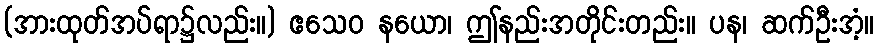
(အားထုတ်အပ်ရာ၌လည်း။) ဧသေဝ နယော၊ ဤနည်းအတိုင်းတည်း။ ပန၊ ဆက်ဦးအံ့။